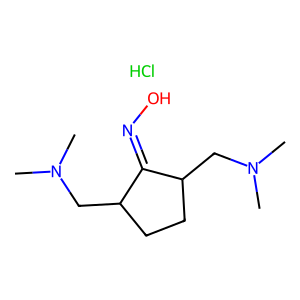
SMILES: CN(C)CC1CCC(CN(C)C)C1=NO.Cl
Inhibits HIV replication: No